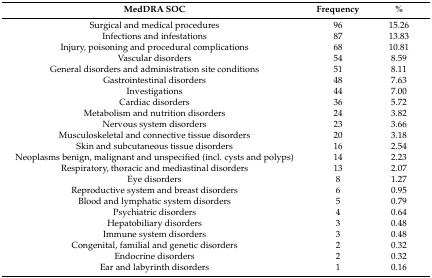
| MedDRA SOC | Frequency | % |
 | --- | --- | --- |
 | Surgical and medical procedures | 96 | 15.26 |
 | Infections and infestations | 87 | 13.83 |
 | Injury, poisoning and procedural complications | 68 | 10.81 |
 | Vascular disorders | 54 | 8.59 |
 | General disorders and administration site conditions | 51 | 8.11 |
 | Gastrointestinal disorders | 48 | 7.63 |
 | Investigations | 44 | 7.00 |
 | Cardiac disorders | 36 | 5.72 |
 | Metabolism and nutrition disorders | 24 | 3.82 |
 | Nervous system disorders | 23 | 3.66 |
 | Musculoskeletal and connective tissue disorders | 20 | 3.18 |
 | Skin and subcutaneous tissue disorders | 16 | 2.54 |
 | Neoplasms benign, malignant and unspecified (incl. cysts and polyps) | 14 | 2.23 |
 | Respiratory, thoracic and mediastinal disorders | 13 | 2.07 |
 | Eye disorders | 8 | 1.27 |
 | Reproductive system and breast disorders | 6 | 0.95 |
 | Blood and lymphatic system disorders | 5 | 0.79 |
 | Psychiatric disorders | 4 | 0.64 |
 | Hepatobiliary disorders | 3 | 0.48 |
 | Immune system disorders | 3 | 0.48 |
 | Congenital, familial and genetic disorders | 2 | 0.32 |
 | Endocrine disorders | 2 | 0.32 |
 | Ear and labyrinth disorders | 1 | 0.16 |